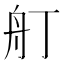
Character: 𦨍